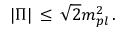
| \Pi | \, \leq \, \sqrt { 2 } m _ { p l } ^ { 2 } \, .